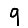
Digit: 9